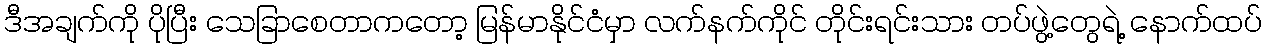
ဒီအချက်ကို ပိုပြီး သေခြာစေတာကတော့ မြန်မာနိုင်ငံမှာ လက်နက်ကိုင် တိုင်းရင်းသား တပ်ဖွဲ့တွေရဲ့ နောက်ထပ်